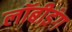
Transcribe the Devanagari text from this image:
लॉबीइंग